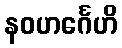
နဝဟင်္ဂေဟိ